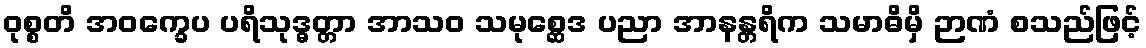
ဝုစ္စတိ အဝက္ခေပ ပရိသုဒ္ဓတ္တာ အာသဝ သမုစ္ဆေဒ ပညာ အာနန္တရိက သမာဓိမှိ ဉာဏံ စသည်ဖြင့်